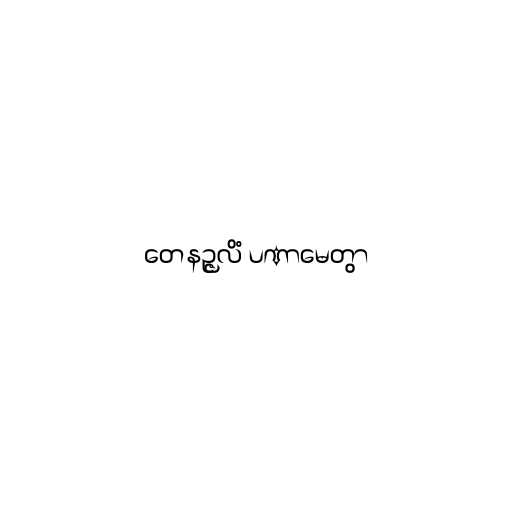
တေနဉ္ဇလိံ ပဏာမေတွာ